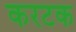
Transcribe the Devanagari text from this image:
करटक